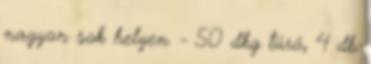
nagyon sok helyen. - 50 dkg túró, 4 db